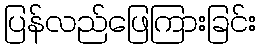
ပြန်လည်ဖြေကြားခြင်း